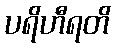
ပရိဟီရတိ